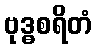
ဗုဒ္ဓစရိတံ